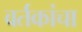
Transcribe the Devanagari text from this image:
वर्तकांचा